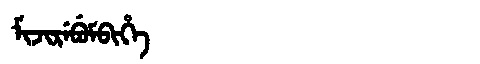
Manchu: ᠮᡳᠵᡳᡵᡝᠪᡠᠮᠪᡳᡥᡝ
Romanization: MIJIREBUMBIHE